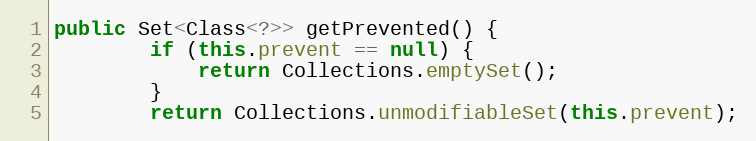
Language: Java
public Set<Class<?>> getPrevented() {
        if (this.prevent == null) {
            return Collections.emptySet();
        }
        return Collections.unmodifiableSet(this.prevent);